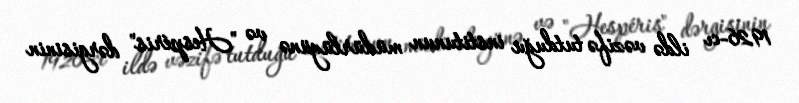
1926-cı ildə vəzifə tutduğu institunun müdürlüyünə və "Hespéris" dərgisinin